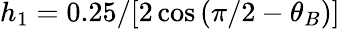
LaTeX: h_{1}=0.25/[2\cos{(\pi/2-\theta_{B})]}